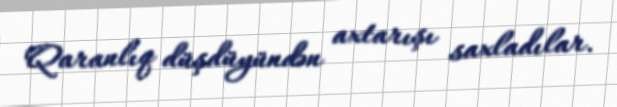
Qaranlıq düşdüyündən axtarışı saxladılar.